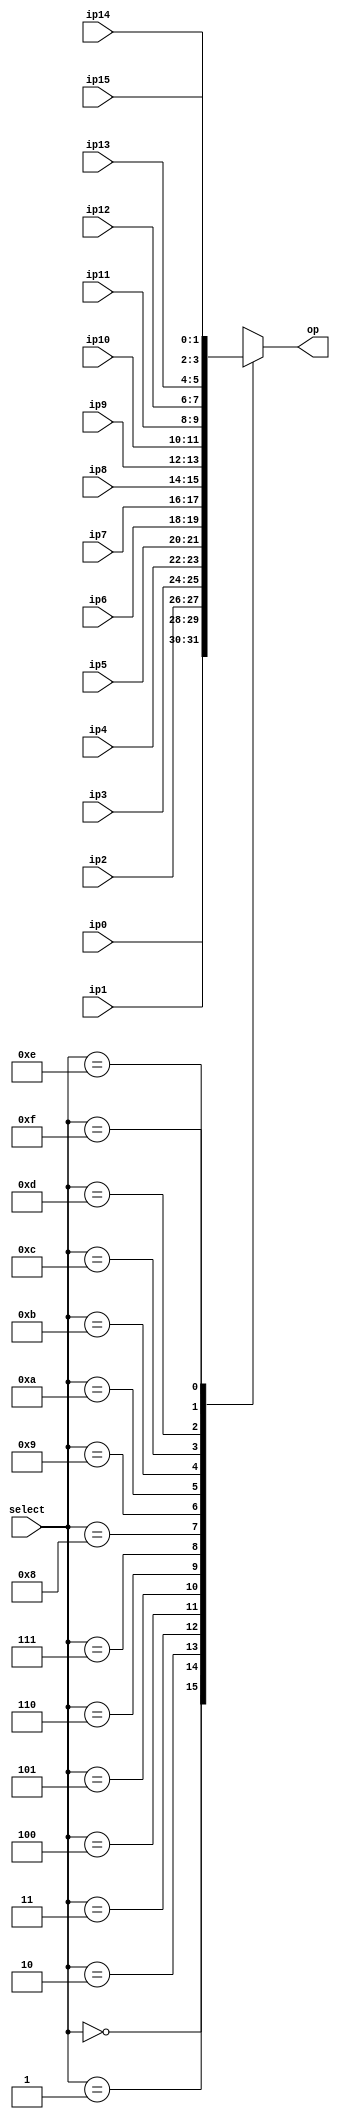
`timescale 1ns / 1ps
//////////////////////////////////////////////////////////////////////////////////
// Company: 
// Engineer: 
// 
// Design Name: 
// Module Name: mux_sixteen_one
// Project Name: 
// Target Devices: 
// Tool Versions: 
// Description: 
// 
// Dependencies: 
// 
// Revision:
// Revision 0.01 - File Created
// Additional Comments:
// 
//////////////////////////////////////////////////////////////////////////////////


module mux_sixteen_one(
    ip0, ip1, ip2, ip3, ip4, ip5, ip6, ip7, 
    ip8, ip9, ip10, ip11, ip12, ip13, ip14, ip15,
    select, 
    op 
    );
    
    input [1:0] ip0;  input [1:0] ip1;  input [1:0] ip2;  input [1:0] ip3;  input [1:0] ip4; 
    input [1:0] ip5;  input [1:0] ip6;  input [1:0] ip7;  input [1:0] ip8;  input [1:0] ip9; 
    input [1:0] ip10; input [1:0] ip11; input [1:0] ip12; input [1:0] ip13; input [1:0] ip14; 
    input [1:0] ip15; 
    input [3:0] select;
    
    output reg [1:0] op;

/*    
    This code creates 2:1 MUXs which will add propagation delay to the circuit.
    assign op = (select == 4'b0000) ? ip0  : 
                (select == 4'b0001) ? ip1  :
                (select == 4'b0010) ? ip2  :
                (select == 4'b0011) ? ip3  :
                (select == 4'b0100) ? ip4  : 
                (select == 4'b0101) ? ip5  :
                (select == 4'b0110) ? ip6  :
                (select == 4'b0111) ? ip7  :
                (select == 4'b1000) ? ip8  :
                (select == 4'b1001) ? ip9  :
                (select == 4'b1010) ? ip10 :
                (select == 4'b1011) ? ip11 :
                (select == 4'b1100) ? ip12 :
                (select == 4'b1101) ? ip13 :
                (select == 4'b1110) ? ip14 :
                (select == 4'b1111) ? ip15 : 2'b00;   
*/
    
    always @ * begin
        case (select) 
            4'b0000 :   op <= ip0;
            4'b0001 :   op <= ip1;
            4'b0010 :   op <= ip2;
            4'b0011 :   op <= ip3;
            4'b0100 :   op <= ip4;
            4'b0101 :   op <= ip5;
            4'b0110 :   op <= ip6;
            4'b0111 :   op <= ip7;
            4'b1000 :   op <= ip8;
            4'b1001 :   op <= ip9;
            4'b1010 :   op <= ip10;
            4'b1011 :   op <= ip11;
            4'b1100 :   op <= ip12;
            4'b1101 :   op <= ip13;
            4'b1110 :   op <= ip14;
            4'b1111 :   op <= ip15;
            default :   op <= 2'b00;
        endcase

    end
    
endmodule